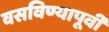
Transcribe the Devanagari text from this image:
वसविण्यापूर्वी